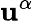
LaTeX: \mathbf{u}^{\alpha}